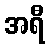
အရီ